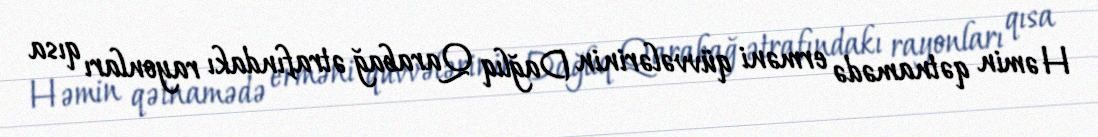
Həmin qətnamədə erməni qüvvələrinin Dağlıq Qarabağ ətrafındakı rayonları qısa